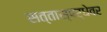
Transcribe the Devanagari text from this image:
सत्तास्पर्धेवर